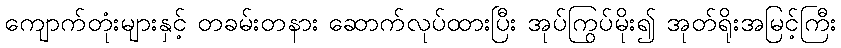
ကျောက်တုံးများနှင့် တခမ်းတနား ဆောက်လုပ်ထားပြီး အုပ်ကြွပ်မိုး၍ အုတ်ရိုးအမြင့်ကြီး